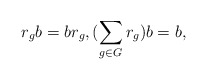
\begin{align*}r_gb=br_g, (\sum_{g\in G}r_g)b=b,\end{align*}